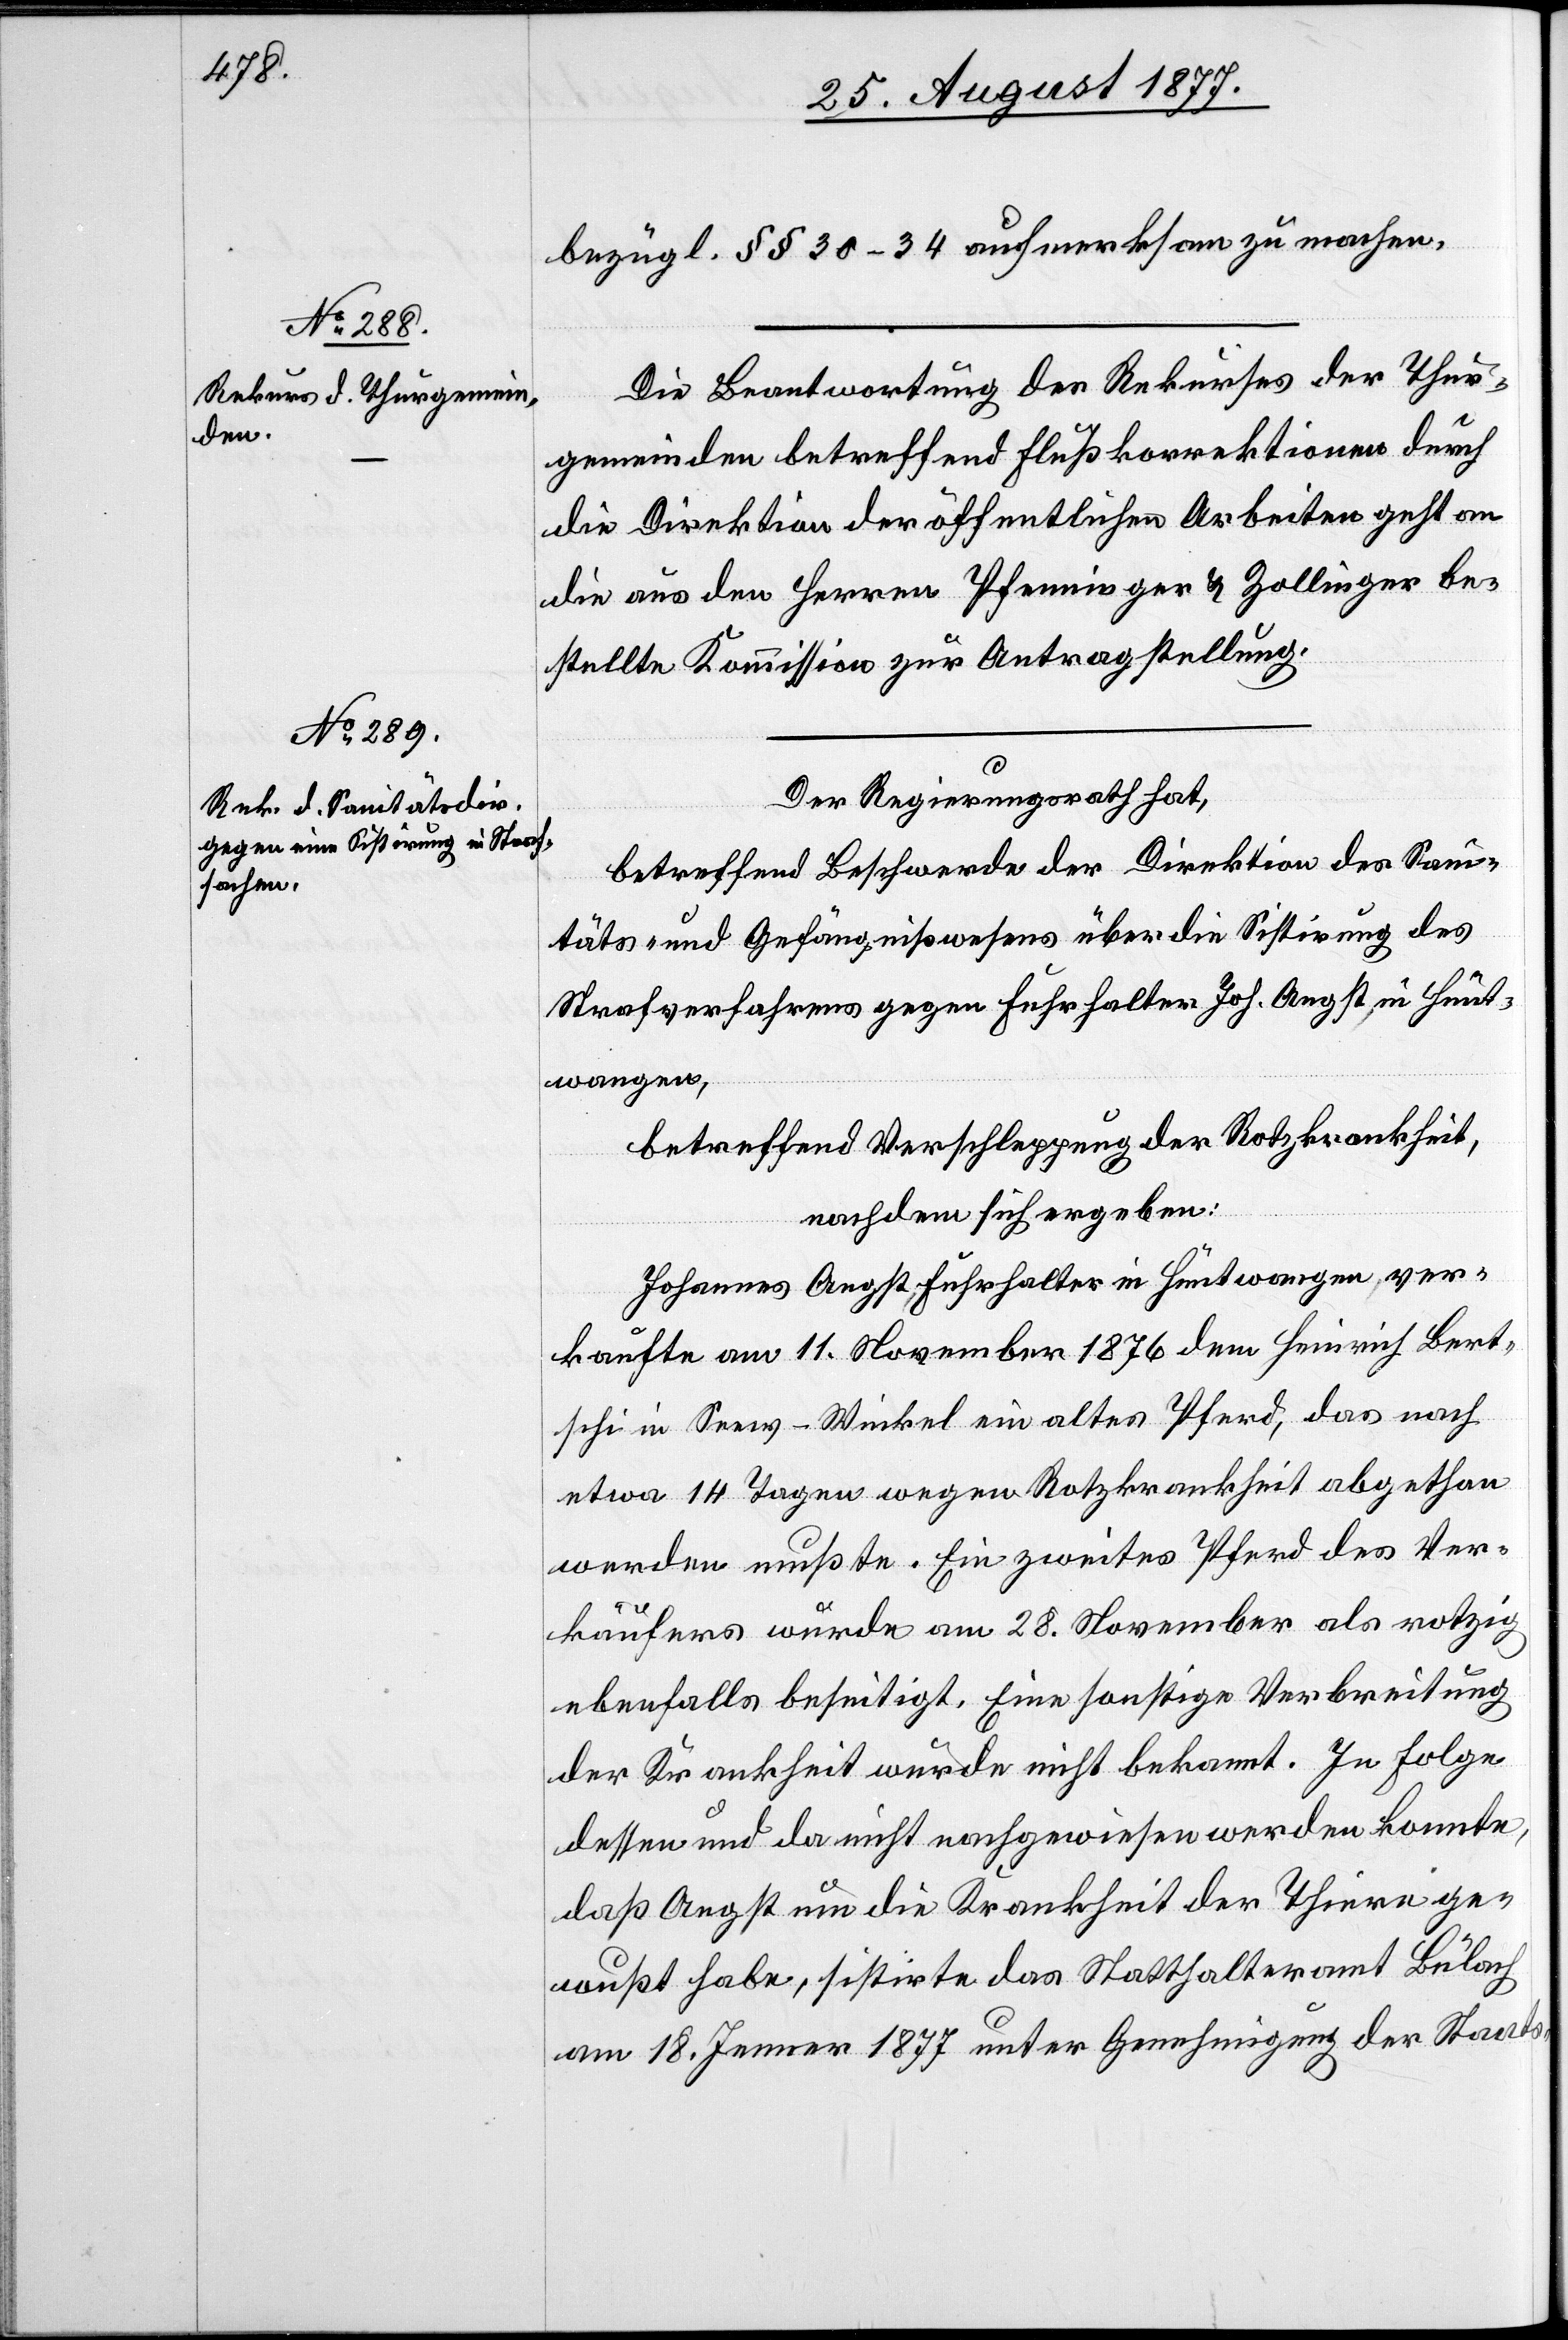
bezügl. §§ 30–34 aufmerksam zu machen.
Die Beantwortung des Rekurses der Thur¬
gemeinden betreffend Flußkorrektionen durch
die Direktion der öffentlichen Arbeiten geht an
die aus den Herren Pfenninger & Zollinger be¬
stellte Kommission zur Antragstellung.
Der Regierungsrath hat,
betreffend Beschwerde der Direktion des San¬
itäts- und Gefängnißwesens über die Sistirung des
Strafverfahrens gegen Fuhrhalter Joh. Angst, in Hünt¬
wangen,
betreffend Verschleppung der Rotzkrankheit,
nachdem sich ergeben:
Johannes Angst, Fuhrhalter in Hüntwangen, ver¬
kaufte am 11. November 1876 dem Heinrich Bert¬
schi in Seew - Winkel ein altes Pferd, das nach
etwa 14 Tagen wegen Rotzkrankheit abgethan
werden mußte. Ein zweites Pferd des Ver¬
käufers wurde am 28. November als rotzig
ebenfalls beseitigt. Eine sonstige Verbreitung
der Krankheit wurde nicht bekannt. In Folge
dessen und da nicht nachgewiesen werden konnte,
daß Angst um die Krankheit der Thiere ge¬
wußt habe, sistirte das Statthalteramt Bülach
am 18. Jenner 1877 unter Genehmigung der Staats-